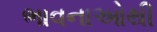
ભાવનાઓથી